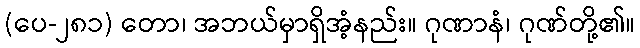
(ပေ-၂၈၁) တော၊ အဘယ်မှာရှိအံ့နည်း။ ဂုဏာနံ၊ ဂုဏ်တို့၏။